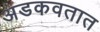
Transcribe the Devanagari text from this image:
अडकवतात